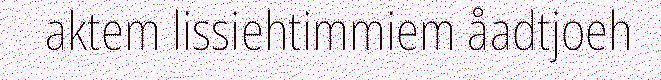
aktem lissiehtimmiem åadtjoeh